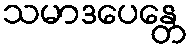
သမာဒပေန္တေ